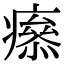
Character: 𤺑